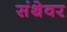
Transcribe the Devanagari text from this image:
संथेवर